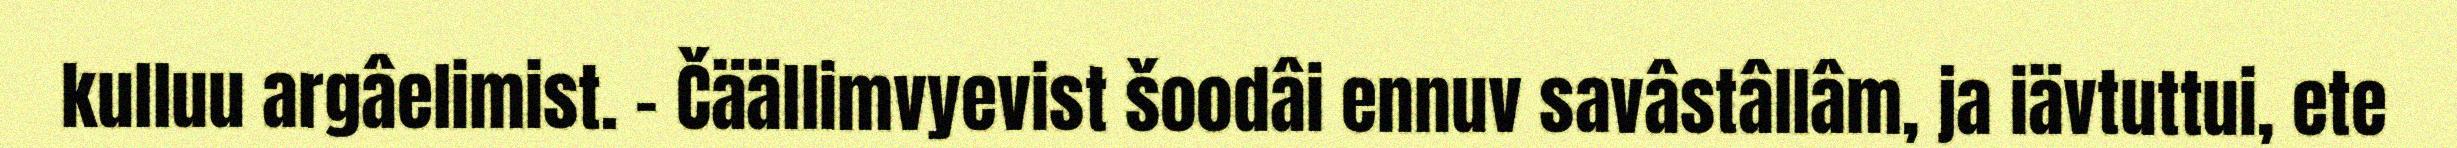
kulluu argâelimist. - Čäällimvyevist šoodâi ennuv savâstâllâm, ja iävtuttui, ete